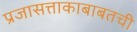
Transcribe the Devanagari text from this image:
प्रजासत्ताकाबाबतची